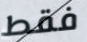
فقط